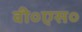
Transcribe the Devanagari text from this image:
वी०एस०